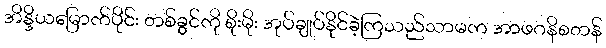
အိန္ဒိယမြောက်ပိုင်း တစ်ခွင်ကို စိုးမိုး အုပ်ချုပ်နိုင်ခဲ့ကြသည်သာမက အာဖဂနိစတန်